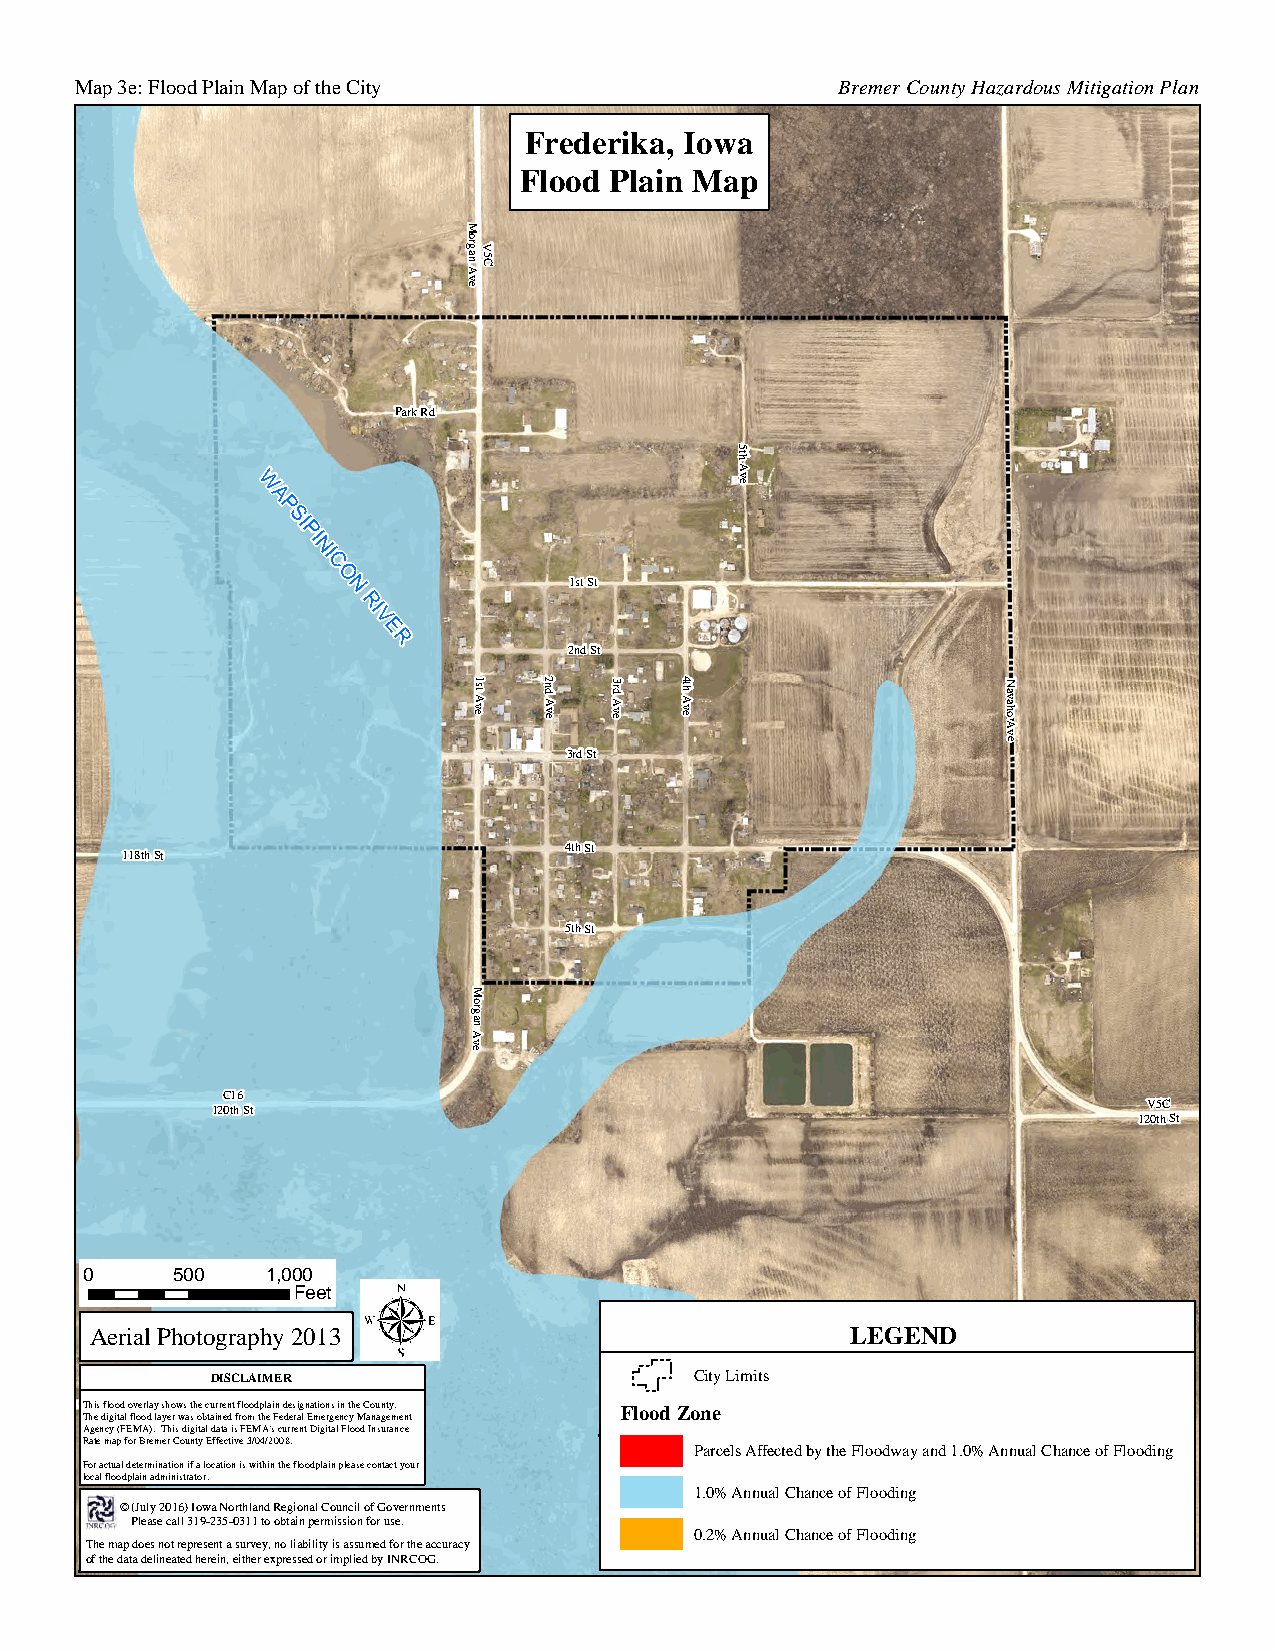
Map 3e: Flood Plain Map of the City               Bremer County Hazardous Mitigation Plan
 Frederika, Iowa
 Flood Plain Map
 M
 orgV
 an A5C
 ve
 Park Rd
 5th
 A
 W
 ve
 A
 P
 SI
 PI
 NI
 C
 O
 N
 1st St
 RI
 V
 E
 R
 2nd St
 evA
 ts1  2nd
 A
 v e
 evA
 dr3
 evA
 ht4                  N
 avah
 o
 A
 v
 e
 3rd St
 4th St
 118th St
 5th St
 M
 gro
 A
 na
 ev
 C16
 120th St                                                      V5C
 120th St
 0    500    1,000
 Feet
 Aerial Photography 2013                           LEGEND
 City Limits
 DISCLAIMER
 This flood overlay shows the current floodplain designations in the County.
 The digital flood layer was obtained from the Federal Emergency Management Flood Zone
 Agency (FEMA). This digital data is FEMA's current Digital Flood Insurance
 Rate map for Bremer County Effective 3/04/2008.
 Parcels Affected by the Floodway and 1.0% Annual Chance of Flooding
 For actual determination if a location is within the floodplain please contact your
 local floodplain administrator.
 1.0% Annual Chance of Flooding
 © (July 2016) Iowa Northland Regional Council of Governments
 Please call 319-235-0311 to obtain permission for use.
 0.2% Annual Chance of Flooding
 The map does not represent a survey, no liability is assumed for the accuracy
 of the data delineated herein, either expressed or implied by INRCOG.